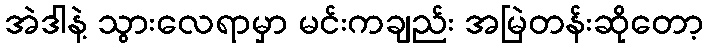
အဲဒါနဲ့ သွားလေရာမှာ မင်းကချည်း အမြဲတန်းဆိုတော့